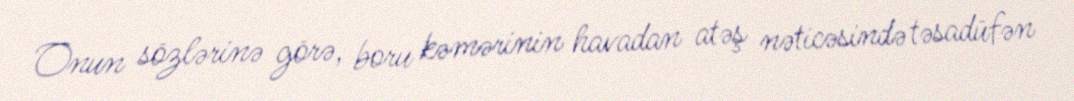
Onun sözlərinə görə, boru kəmərinin havadan atəş nəticəsində təsadüfən